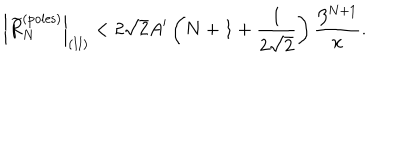
\left| \widetilde R _ { N } ^ { \mathrm { ( p o l e s ) } } \right| _ { \mathrm { ( I I ) } } < 2 \sqrt { 2 } A ^ { \prime } \left( N + 1 + { \frac { 1 } { 2 \sqrt { 2 } } } \right) { \frac { \beta ^ { N + 1 } } { x } } .